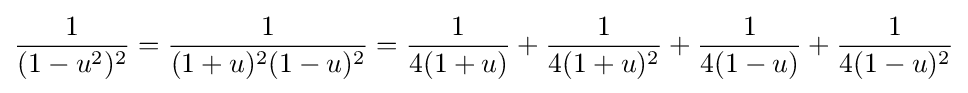
{\frac {1}{(1-u^{2})^{2}}}={\frac {1}{(1+u)^{2}(1-u)^{2}}}={\frac {1}{4(1+u)}}+{\frac {1}{4(1+u)^{2}}}+{\frac {1}{4(1-u)}}+{\frac {1}{4(1-u)^{2}}}